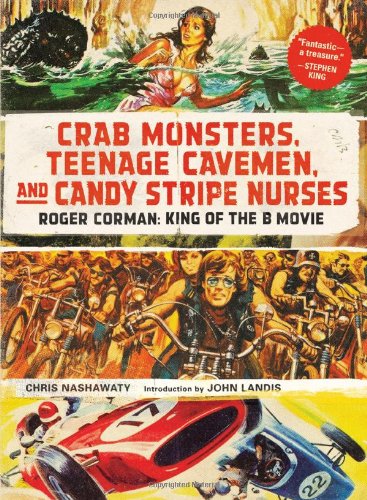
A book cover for Crab Monsters, Teenage Cavemen, and Candy Stripe Nurses: Roger Corman: King of the B Movie; Chris Nashawaty; Humor & Entertainment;